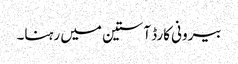
بیرونی کارڈ آستین میں رہنا۔